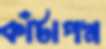
কাঁটাপদ্ম